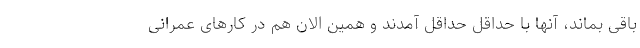
باقی بماند، آنها با حداقلِ حداقل آمدند و همین الان هم در کارهای عمرانی